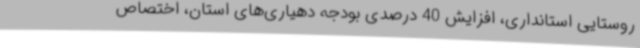
روستایی استانداری، افزایش 40 درصدی بودجه دهیاری‌های استان، اختصاص